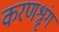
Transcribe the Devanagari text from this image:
करणश्रृंग